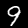
Label: 9